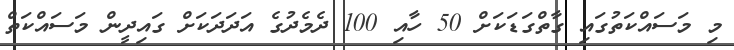
މި މަސައްކަތުގައި ގާތްގަޑަކަށް 50 ހާއި 100 ދެމެދުގެ އަދަދަކަށް ގައިދީން މަސައްކަތް